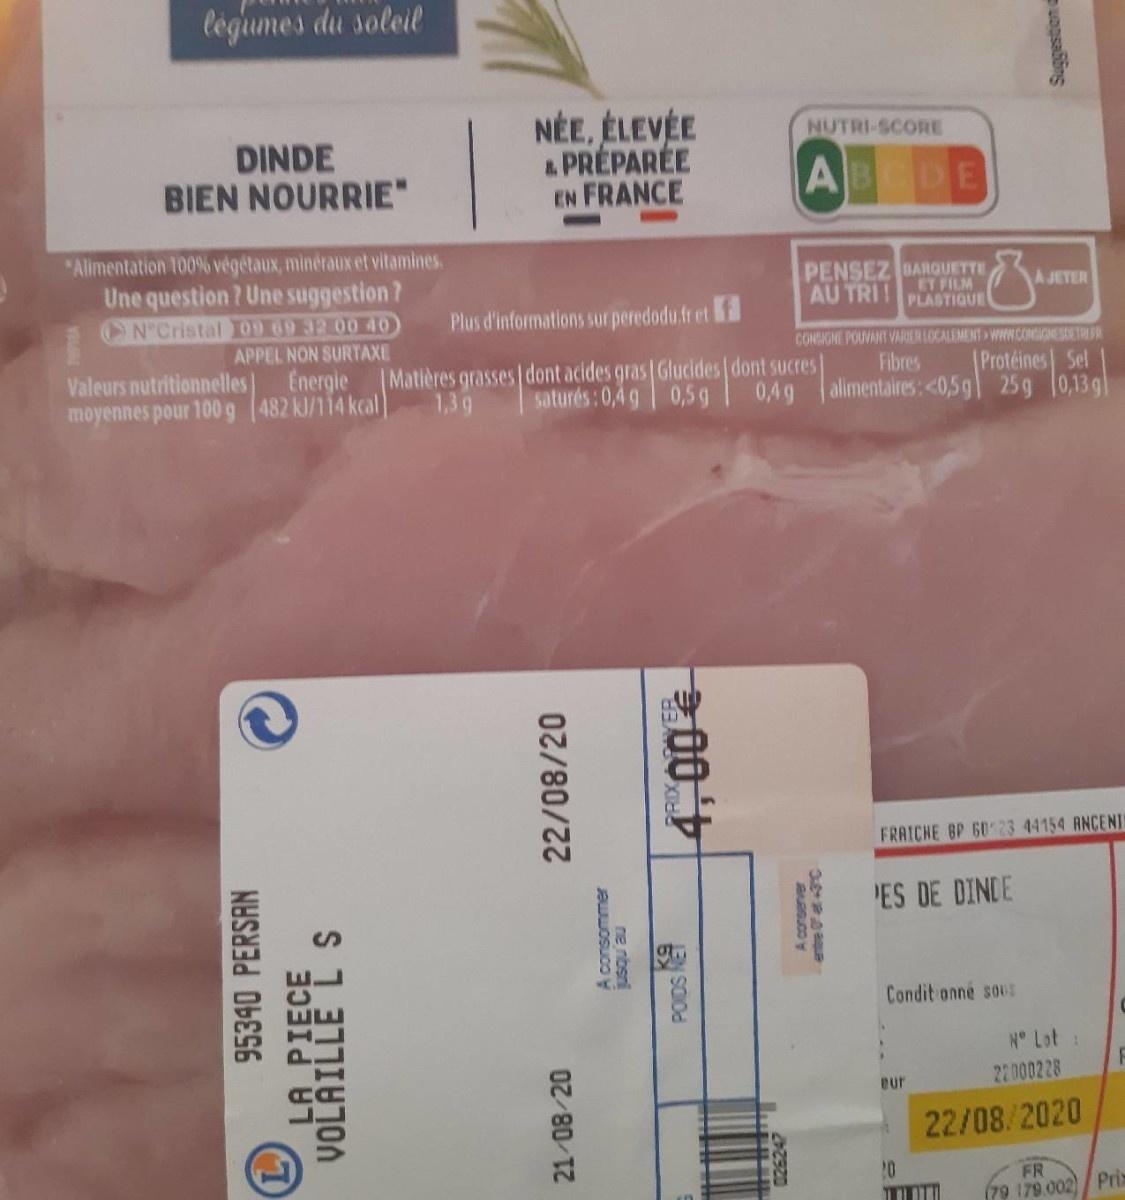
legumes du soleil
NÉE, ÉLEVÉE a PRÉPARÉE EN FRANCE
NUTRI-SCORE
DINDE BIEN NOURRIE"
ABCDE
*Alimentation 100% végétaux, minéraux et vitamines. Une question ? Une suggestion? ON°Cristal 09 69 32 00 40 APPEL NON SURTAXE
PENSEZ BARGUETTE ET FILM PLASTIQUE
A JETER
AU TRI!
Plus d'informations sur peredodu.fr et
CONSIGNE POUVANT VARER LOCALEMENT WWCONGIONESDETRIR
Valeurs nutritionnelles Energle Matières grasses dont acides gras Glucides dont sucres moyennes pour 100 g (482 kJ/114 kcal
Protéines Sel saturés:0,4g 0,5 g 0,4g alimentaires: <0,5g| 25g 10,13 g|
Fibres
1,3 9
FRAICHE BP 6023 44154 ANCENI
PES DE DINDE
Condit onné sous
N Lot :
22 000228
eur
22/08/2020
20
FR
(79 179.002)/ Prix
95340 PERSAN
LA PIECE
22/08/20
21 08/20
A consommer ne nbsn
00
27320